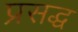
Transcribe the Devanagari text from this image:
प्रसद्ध